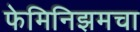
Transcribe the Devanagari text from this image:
फेमिनिझमचा